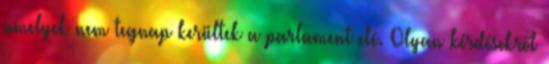
amelyek nem tegnap kerültek a parlament elé. Olyan kérdésekről